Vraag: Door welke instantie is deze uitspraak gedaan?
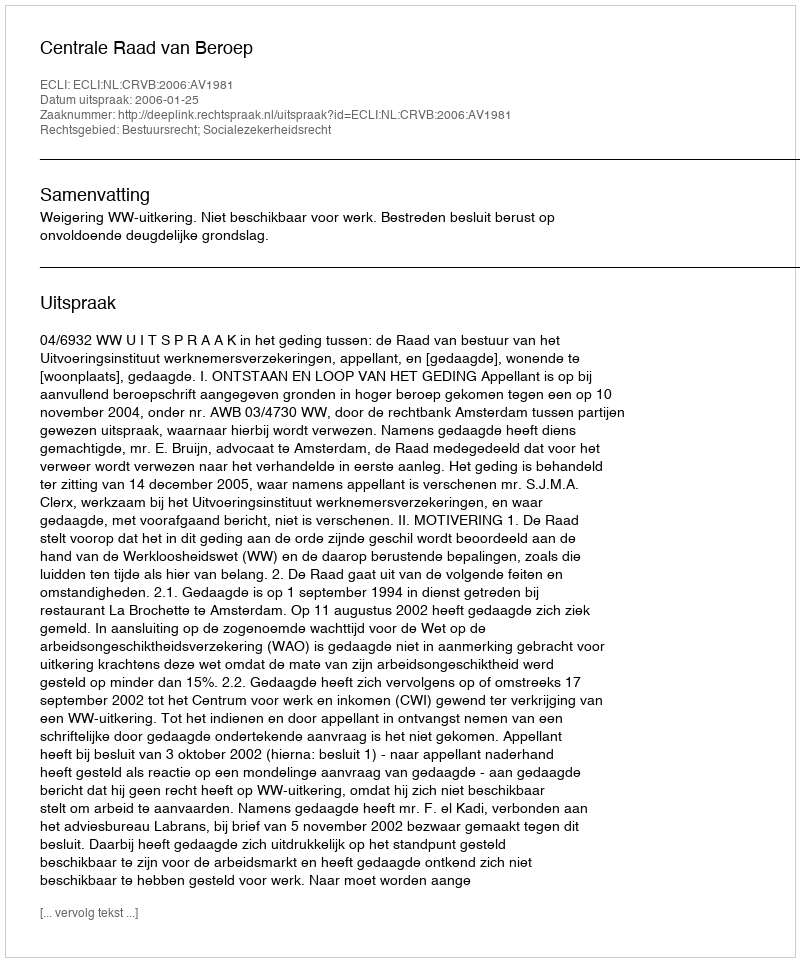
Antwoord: Centrale Raad van Beroep